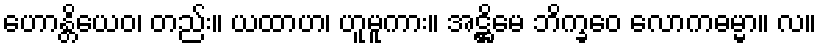
ဟောန္တိယေဝ၊ တည်း။ ယထာဟ၊ ဟူမူကား။ အဋ္ဌိမေ ဘိက္ခဝေ လောကဓမ္မာ။ လ။